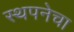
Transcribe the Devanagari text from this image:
स्थपनेचा